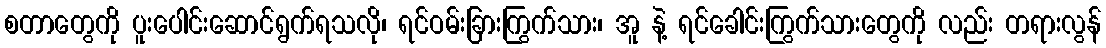
စတာတွေကို ပူးပေါင်းဆောင်ရွက်ရသလို၊ ရင်ဝမ်းခြားကြွက်သား၊ အူ နဲ့ ရင်ခေါင်းကြွက်သားတွေကို လည်း တရားလွန်